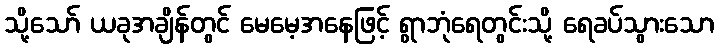
သို့သော် ယခုအချိန်တွင် မေမေ့အနေဖြင့် ရွာဘုံရေတွင်းသို့ ရေခပ်သွားသော